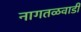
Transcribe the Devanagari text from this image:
नागतळवाडी